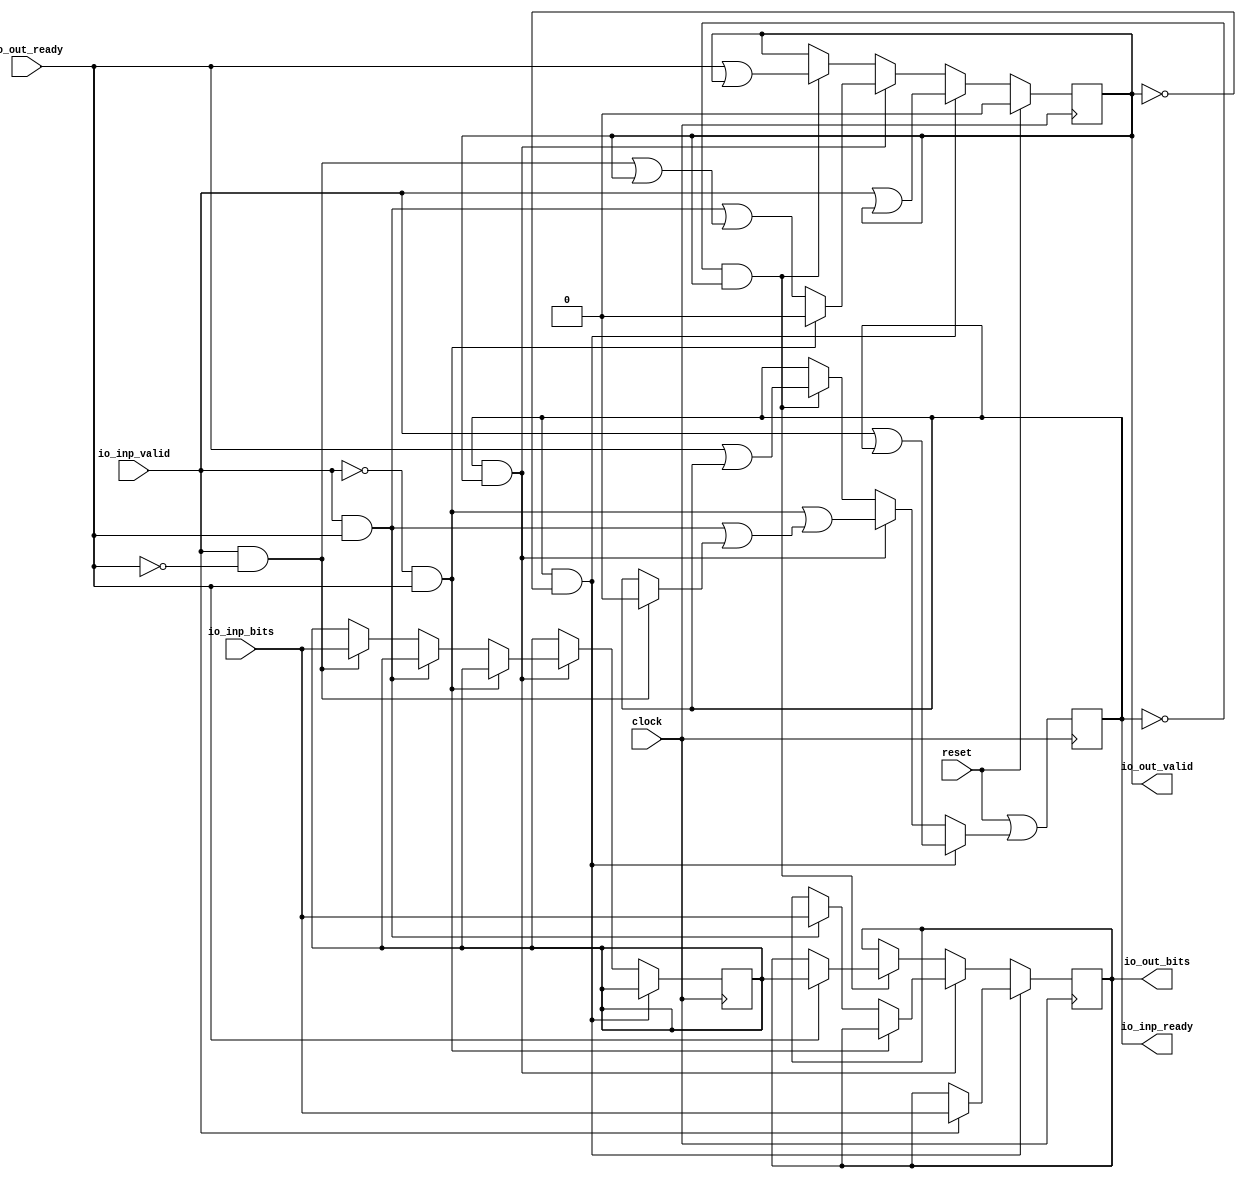
module MooreStage(
  input         clock,
  input         reset,
  output        io_inp_ready,
  input         io_inp_valid,
  input  [15:0] io_inp_bits,
  input         io_out_ready,
  output        io_out_valid,
  output [15:0] io_out_bits
);
`ifdef RANDOMIZE_REG_INIT
  reg [31:0] _RAND_0;
  reg [31:0] _RAND_1;
  reg [31:0] _RAND_2;
  reg [31:0] _RAND_3;
`endif // RANDOMIZE_REG_INIT
  reg [15:0] data_aux; // @[DecoupledStage.scala 75:21]
  reg [15:0] out_bits; // @[DecoupledStage.scala 76:21]
  reg  out_valid; // @[DecoupledStage.scala 78:26]
  reg  inp_ready; // @[DecoupledStage.scala 79:26]
  wire  _GEN_0 = io_inp_valid | inp_ready; // @[DecoupledStage.scala 86:26 87:17 79:26]
  wire  _GEN_1 = io_inp_valid | out_valid; // @[DecoupledStage.scala 78:26 86:26 87:38]
  wire  _GEN_3 = io_inp_valid & ~io_out_ready ? 1'h0 : inp_ready; // @[DecoupledStage.scala 96:51 97:17 79:26]
  wire  _GEN_4 = io_inp_valid & ~io_out_ready | out_valid; // @[DecoupledStage.scala 78:26 96:51 97:39]
  wire [15:0] _GEN_5 = io_inp_valid & ~io_out_ready ? io_inp_bits : data_aux; // @[DecoupledStage.scala 96:51 98:16 75:21]
  wire  _GEN_6 = io_inp_valid & io_out_ready | _GEN_3; // @[DecoupledStage.scala 93:50 94:17]
  wire  _GEN_7 = io_inp_valid & io_out_ready | _GEN_4; // @[DecoupledStage.scala 93:50 94:38]
  wire  _GEN_10 = ~io_inp_valid & io_out_ready | _GEN_6; // @[DecoupledStage.scala 91:50 92:17]
  wire  _GEN_14 = io_out_ready | inp_ready; // @[DecoupledStage.scala 101:26 102:17 79:26]
  wire  _GEN_15 = io_out_ready | out_valid; // @[DecoupledStage.scala 101:26 102:38 78:26]
  wire  _GEN_17 = ~inp_ready & out_valid ? _GEN_14 : inp_ready; // @[DecoupledStage.scala 100:42 79:26]
  wire  _GEN_20 = inp_ready & out_valid ? _GEN_10 : _GEN_17; // @[DecoupledStage.scala 90:43]
  wire  _GEN_24 = inp_ready & ~out_valid ? _GEN_0 : _GEN_20; // @[DecoupledStage.scala 85:43]
  assign io_inp_ready = inp_ready; // @[DecoupledStage.scala 81:16]
  assign io_out_valid = out_valid; // @[DecoupledStage.scala 82:16]
  assign io_out_bits = out_bits; // @[DecoupledStage.scala 83:16]
  always @(posedge clock) begin
    if (!(inp_ready & ~out_valid)) begin // @[DecoupledStage.scala 85:43]
      if (inp_ready & out_valid) begin // @[DecoupledStage.scala 90:43]
        if (!(~io_inp_valid & io_out_ready)) begin // @[DecoupledStage.scala 91:50]
          if (!(io_inp_valid & io_out_ready)) begin // @[DecoupledStage.scala 93:50]
            data_aux <= _GEN_5;
          end
        end
      end
    end
    if (inp_ready & ~out_valid) begin // @[DecoupledStage.scala 85:43]
      if (io_inp_valid) begin // @[DecoupledStage.scala 86:26]
        out_bits <= io_inp_bits; // @[DecoupledStage.scala 88:16]
      end
    end else if (inp_ready & out_valid) begin // @[DecoupledStage.scala 90:43]
      if (!(~io_inp_valid & io_out_ready)) begin // @[DecoupledStage.scala 91:50]
        if (io_inp_valid & io_out_ready) begin // @[DecoupledStage.scala 93:50]
          out_bits <= io_inp_bits; // @[DecoupledStage.scala 95:20]
        end
      end
    end else if (~inp_ready & out_valid) begin // @[DecoupledStage.scala 100:42]
      if (io_out_ready) begin // @[DecoupledStage.scala 101:26]
        out_bits <= data_aux; // @[DecoupledStage.scala 103:20]
      end
    end
    if (reset) begin // @[DecoupledStage.scala 78:26]
      out_valid <= 1'h0; // @[DecoupledStage.scala 78:26]
    end else if (inp_ready & ~out_valid) begin // @[DecoupledStage.scala 85:43]
      out_valid <= _GEN_1;
    end else if (inp_ready & out_valid) begin // @[DecoupledStage.scala 90:43]
      if (~io_inp_valid & io_out_ready) begin // @[DecoupledStage.scala 91:50]
        out_valid <= 1'h0; // @[DecoupledStage.scala 92:38]
      end else begin
        out_valid <= _GEN_7;
      end
    end else if (~inp_ready & out_valid) begin // @[DecoupledStage.scala 100:42]
      out_valid <= _GEN_15;
    end
    inp_ready <= reset | _GEN_24; // @[DecoupledStage.scala 79:{26,26}]
  end
// Register and memory initialization
`ifdef RANDOMIZE_GARBAGE_ASSIGN
`define RANDOMIZE
`endif
`ifdef RANDOMIZE_INVALID_ASSIGN
`define RANDOMIZE
`endif
`ifdef RANDOMIZE_REG_INIT
`define RANDOMIZE
`endif
`ifdef RANDOMIZE_MEM_INIT
`define RANDOMIZE
`endif
`ifndef RANDOM
`define RANDOM $random
`endif
`ifdef RANDOMIZE_MEM_INIT
  integer initvar;
`endif
`ifndef SYNTHESIS
`ifdef FIRRTL_BEFORE_INITIAL
`FIRRTL_BEFORE_INITIAL
`endif
initial begin
  `ifdef RANDOMIZE
    `ifdef INIT_RANDOM
      `INIT_RANDOM
    `endif
    `ifndef VERILATOR
      `ifdef RANDOMIZE_DELAY
        #`RANDOMIZE_DELAY begin end
      `else
        #0.002 begin end
      `endif
    `endif
`ifdef RANDOMIZE_REG_INIT
  _RAND_0 = {1{`RANDOM}};
  data_aux = _RAND_0[15:0];
  _RAND_1 = {1{`RANDOM}};
  out_bits = _RAND_1[15:0];
  _RAND_2 = {1{`RANDOM}};
  out_valid = _RAND_2[0:0];
  _RAND_3 = {1{`RANDOM}};
  inp_ready = _RAND_3[0:0];
`endif // RANDOMIZE_REG_INIT
  `endif // RANDOMIZE
end // initial
`ifdef FIRRTL_AFTER_INITIAL
`FIRRTL_AFTER_INITIAL
`endif
`endif // SYNTHESIS
endmodule
module Chain_8_MooreStage_16(
  input         clock,
  input         reset,
  output        io_inp_ready,
  input         io_inp_valid,
  input  [15:0] io_inp_bits,
  input         io_out_ready,
  output        io_out_valid,
  output [15:0] io_out_bits
);
  wire  u_clock; // @[DecoupledStage.scala 137:19]
  wire  u_reset; // @[DecoupledStage.scala 137:19]
  wire  u_io_inp_ready; // @[DecoupledStage.scala 137:19]
  wire  u_io_inp_valid; // @[DecoupledStage.scala 137:19]
  wire [15:0] u_io_inp_bits; // @[DecoupledStage.scala 137:19]
  wire  u_io_out_ready; // @[DecoupledStage.scala 137:19]
  wire  u_io_out_valid; // @[DecoupledStage.scala 137:19]
  wire [15:0] u_io_out_bits; // @[DecoupledStage.scala 137:19]
  wire  u_1_clock; // @[DecoupledStage.scala 137:19]
  wire  u_1_reset; // @[DecoupledStage.scala 137:19]
  wire  u_1_io_inp_ready; // @[DecoupledStage.scala 137:19]
  wire  u_1_io_inp_valid; // @[DecoupledStage.scala 137:19]
  wire [15:0] u_1_io_inp_bits; // @[DecoupledStage.scala 137:19]
  wire  u_1_io_out_ready; // @[DecoupledStage.scala 137:19]
  wire  u_1_io_out_valid; // @[DecoupledStage.scala 137:19]
  wire [15:0] u_1_io_out_bits; // @[DecoupledStage.scala 137:19]
  wire  u_2_clock; // @[DecoupledStage.scala 137:19]
  wire  u_2_reset; // @[DecoupledStage.scala 137:19]
  wire  u_2_io_inp_ready; // @[DecoupledStage.scala 137:19]
  wire  u_2_io_inp_valid; // @[DecoupledStage.scala 137:19]
  wire [15:0] u_2_io_inp_bits; // @[DecoupledStage.scala 137:19]
  wire  u_2_io_out_ready; // @[DecoupledStage.scala 137:19]
  wire  u_2_io_out_valid; // @[DecoupledStage.scala 137:19]
  wire [15:0] u_2_io_out_bits; // @[DecoupledStage.scala 137:19]
  wire  u_3_clock; // @[DecoupledStage.scala 137:19]
  wire  u_3_reset; // @[DecoupledStage.scala 137:19]
  wire  u_3_io_inp_ready; // @[DecoupledStage.scala 137:19]
  wire  u_3_io_inp_valid; // @[DecoupledStage.scala 137:19]
  wire [15:0] u_3_io_inp_bits; // @[DecoupledStage.scala 137:19]
  wire  u_3_io_out_ready; // @[DecoupledStage.scala 137:19]
  wire  u_3_io_out_valid; // @[DecoupledStage.scala 137:19]
  wire [15:0] u_3_io_out_bits; // @[DecoupledStage.scala 137:19]
  wire  u_4_clock; // @[DecoupledStage.scala 137:19]
  wire  u_4_reset; // @[DecoupledStage.scala 137:19]
  wire  u_4_io_inp_ready; // @[DecoupledStage.scala 137:19]
  wire  u_4_io_inp_valid; // @[DecoupledStage.scala 137:19]
  wire [15:0] u_4_io_inp_bits; // @[DecoupledStage.scala 137:19]
  wire  u_4_io_out_ready; // @[DecoupledStage.scala 137:19]
  wire  u_4_io_out_valid; // @[DecoupledStage.scala 137:19]
  wire [15:0] u_4_io_out_bits; // @[DecoupledStage.scala 137:19]
  wire  u_5_clock; // @[DecoupledStage.scala 137:19]
  wire  u_5_reset; // @[DecoupledStage.scala 137:19]
  wire  u_5_io_inp_ready; // @[DecoupledStage.scala 137:19]
  wire  u_5_io_inp_valid; // @[DecoupledStage.scala 137:19]
  wire [15:0] u_5_io_inp_bits; // @[DecoupledStage.scala 137:19]
  wire  u_5_io_out_ready; // @[DecoupledStage.scala 137:19]
  wire  u_5_io_out_valid; // @[DecoupledStage.scala 137:19]
  wire [15:0] u_5_io_out_bits; // @[DecoupledStage.scala 137:19]
  wire  u_6_clock; // @[DecoupledStage.scala 137:19]
  wire  u_6_reset; // @[DecoupledStage.scala 137:19]
  wire  u_6_io_inp_ready; // @[DecoupledStage.scala 137:19]
  wire  u_6_io_inp_valid; // @[DecoupledStage.scala 137:19]
  wire [15:0] u_6_io_inp_bits; // @[DecoupledStage.scala 137:19]
  wire  u_6_io_out_ready; // @[DecoupledStage.scala 137:19]
  wire  u_6_io_out_valid; // @[DecoupledStage.scala 137:19]
  wire [15:0] u_6_io_out_bits; // @[DecoupledStage.scala 137:19]
  wire  u_7_clock; // @[DecoupledStage.scala 137:19]
  wire  u_7_reset; // @[DecoupledStage.scala 137:19]
  wire  u_7_io_inp_ready; // @[DecoupledStage.scala 137:19]
  wire  u_7_io_inp_valid; // @[DecoupledStage.scala 137:19]
  wire [15:0] u_7_io_inp_bits; // @[DecoupledStage.scala 137:19]
  wire  u_7_io_out_ready; // @[DecoupledStage.scala 137:19]
  wire  u_7_io_out_valid; // @[DecoupledStage.scala 137:19]
  wire [15:0] u_7_io_out_bits; // @[DecoupledStage.scala 137:19]
  MooreStage u ( // @[DecoupledStage.scala 137:19]
    .clock(u_clock),
    .reset(u_reset),
    .io_inp_ready(u_io_inp_ready),
    .io_inp_valid(u_io_inp_valid),
    .io_inp_bits(u_io_inp_bits),
    .io_out_ready(u_io_out_ready),
    .io_out_valid(u_io_out_valid),
    .io_out_bits(u_io_out_bits)
  );
  MooreStage u_1 ( // @[DecoupledStage.scala 137:19]
    .clock(u_1_clock),
    .reset(u_1_reset),
    .io_inp_ready(u_1_io_inp_ready),
    .io_inp_valid(u_1_io_inp_valid),
    .io_inp_bits(u_1_io_inp_bits),
    .io_out_ready(u_1_io_out_ready),
    .io_out_valid(u_1_io_out_valid),
    .io_out_bits(u_1_io_out_bits)
  );
  MooreStage u_2 ( // @[DecoupledStage.scala 137:19]
    .clock(u_2_clock),
    .reset(u_2_reset),
    .io_inp_ready(u_2_io_inp_ready),
    .io_inp_valid(u_2_io_inp_valid),
    .io_inp_bits(u_2_io_inp_bits),
    .io_out_ready(u_2_io_out_ready),
    .io_out_valid(u_2_io_out_valid),
    .io_out_bits(u_2_io_out_bits)
  );
  MooreStage u_3 ( // @[DecoupledStage.scala 137:19]
    .clock(u_3_clock),
    .reset(u_3_reset),
    .io_inp_ready(u_3_io_inp_ready),
    .io_inp_valid(u_3_io_inp_valid),
    .io_inp_bits(u_3_io_inp_bits),
    .io_out_ready(u_3_io_out_ready),
    .io_out_valid(u_3_io_out_valid),
    .io_out_bits(u_3_io_out_bits)
  );
  MooreStage u_4 ( // @[DecoupledStage.scala 137:19]
    .clock(u_4_clock),
    .reset(u_4_reset),
    .io_inp_ready(u_4_io_inp_ready),
    .io_inp_valid(u_4_io_inp_valid),
    .io_inp_bits(u_4_io_inp_bits),
    .io_out_ready(u_4_io_out_ready),
    .io_out_valid(u_4_io_out_valid),
    .io_out_bits(u_4_io_out_bits)
  );
  MooreStage u_5 ( // @[DecoupledStage.scala 137:19]
    .clock(u_5_clock),
    .reset(u_5_reset),
    .io_inp_ready(u_5_io_inp_ready),
    .io_inp_valid(u_5_io_inp_valid),
    .io_inp_bits(u_5_io_inp_bits),
    .io_out_ready(u_5_io_out_ready),
    .io_out_valid(u_5_io_out_valid),
    .io_out_bits(u_5_io_out_bits)
  );
  MooreStage u_6 ( // @[DecoupledStage.scala 137:19]
    .clock(u_6_clock),
    .reset(u_6_reset),
    .io_inp_ready(u_6_io_inp_ready),
    .io_inp_valid(u_6_io_inp_valid),
    .io_inp_bits(u_6_io_inp_bits),
    .io_out_ready(u_6_io_out_ready),
    .io_out_valid(u_6_io_out_valid),
    .io_out_bits(u_6_io_out_bits)
  );
  MooreStage u_7 ( // @[DecoupledStage.scala 137:19]
    .clock(u_7_clock),
    .reset(u_7_reset),
    .io_inp_ready(u_7_io_inp_ready),
    .io_inp_valid(u_7_io_inp_valid),
    .io_inp_bits(u_7_io_inp_bits),
    .io_out_ready(u_7_io_out_ready),
    .io_out_valid(u_7_io_out_valid),
    .io_out_bits(u_7_io_out_bits)
  );
  assign io_inp_ready = u_io_inp_ready; // @[DecoupledStage.scala 141:14]
  assign io_out_valid = u_7_io_out_valid; // @[DecoupledStage.scala 144:10]
  assign io_out_bits = u_7_io_out_bits; // @[DecoupledStage.scala 144:10]
  assign u_clock = clock;
  assign u_reset = reset;
  assign u_io_inp_valid = io_inp_valid; // @[DecoupledStage.scala 141:14]
  assign u_io_inp_bits = io_inp_bits; // @[DecoupledStage.scala 141:14]
  assign u_io_out_ready = u_1_io_inp_ready; // @[DecoupledStage.scala 141:14]
  assign u_1_clock = clock;
  assign u_1_reset = reset;
  assign u_1_io_inp_valid = u_io_out_valid; // @[DecoupledStage.scala 141:14]
  assign u_1_io_inp_bits = u_io_out_bits; // @[DecoupledStage.scala 141:14]
  assign u_1_io_out_ready = u_2_io_inp_ready; // @[DecoupledStage.scala 141:14]
  assign u_2_clock = clock;
  assign u_2_reset = reset;
  assign u_2_io_inp_valid = u_1_io_out_valid; // @[DecoupledStage.scala 141:14]
  assign u_2_io_inp_bits = u_1_io_out_bits; // @[DecoupledStage.scala 141:14]
  assign u_2_io_out_ready = u_3_io_inp_ready; // @[DecoupledStage.scala 141:14]
  assign u_3_clock = clock;
  assign u_3_reset = reset;
  assign u_3_io_inp_valid = u_2_io_out_valid; // @[DecoupledStage.scala 141:14]
  assign u_3_io_inp_bits = u_2_io_out_bits; // @[DecoupledStage.scala 141:14]
  assign u_3_io_out_ready = u_4_io_inp_ready; // @[DecoupledStage.scala 141:14]
  assign u_4_clock = clock;
  assign u_4_reset = reset;
  assign u_4_io_inp_valid = u_3_io_out_valid; // @[DecoupledStage.scala 141:14]
  assign u_4_io_inp_bits = u_3_io_out_bits; // @[DecoupledStage.scala 141:14]
  assign u_4_io_out_ready = u_5_io_inp_ready; // @[DecoupledStage.scala 141:14]
  assign u_5_clock = clock;
  assign u_5_reset = reset;
  assign u_5_io_inp_valid = u_4_io_out_valid; // @[DecoupledStage.scala 141:14]
  assign u_5_io_inp_bits = u_4_io_out_bits; // @[DecoupledStage.scala 141:14]
  assign u_5_io_out_ready = u_6_io_inp_ready; // @[DecoupledStage.scala 141:14]
  assign u_6_clock = clock;
  assign u_6_reset = reset;
  assign u_6_io_inp_valid = u_5_io_out_valid; // @[DecoupledStage.scala 141:14]
  assign u_6_io_inp_bits = u_5_io_out_bits; // @[DecoupledStage.scala 141:14]
  assign u_6_io_out_ready = u_7_io_inp_ready; // @[DecoupledStage.scala 141:14]
  assign u_7_clock = clock;
  assign u_7_reset = reset;
  assign u_7_io_inp_valid = u_6_io_out_valid; // @[DecoupledStage.scala 141:14]
  assign u_7_io_inp_bits = u_6_io_out_bits; // @[DecoupledStage.scala 141:14]
  assign u_7_io_out_ready = io_out_ready; // @[DecoupledStage.scala 144:10]
endmodule